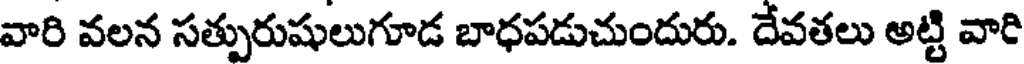
వారి వలన సత్పురుషులుగూడ బాధపడుచుందురు. దేవతలు అట్టి వారి